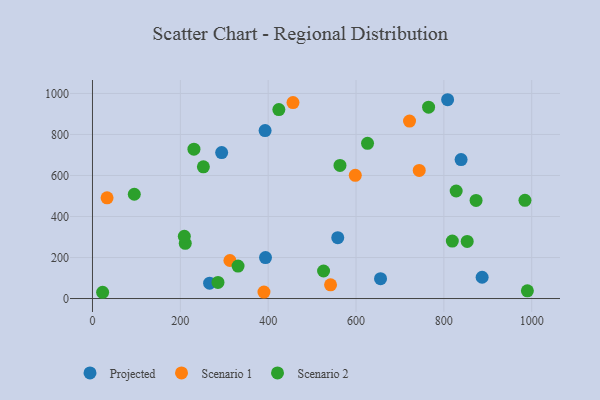
{"axis": {"x": "Experience", "y": "Demand"}, "legend": ["Projected", "Scenario 1", "Scenario 2"], "data": [{"x": "294.1", "y": 711.6, "type": "Projected"}, {"x": "393.9", "y": 199.5, "type": "Projected"}, {"x": "393.0", "y": 819.2, "type": "Projected"}, {"x": "655.8", "y": 97.0, "type": "Projected"}, {"x": "266.7", "y": 74.8, "type": "Projected"}, {"x": "808.5", "y": 969.5, "type": "Projected"}, {"x": "839.2", "y": 677.7, "type": "Projected"}, {"x": "558.4", "y": 296.9, "type": "Projected"}, {"x": "887.1", "y": 103.7, "type": "Projected"}, {"x": "721.8", "y": 865.4, "type": "Scenario 1"}, {"x": "542.0", "y": 66.9, "type": "Scenario 1"}, {"x": "598.3", "y": 601.0, "type": "Scenario 1"}, {"x": "743.9", "y": 624.6, "type": "Scenario 1"}, {"x": "312.9", "y": 185.5, "type": "Scenario 1"}, {"x": "456.5", "y": 955.4, "type": "Scenario 1"}, {"x": "33.2", "y": 491.1, "type": "Scenario 1"}, {"x": "390.4", "y": 31.6, "type": "Scenario 1"}, {"x": "331.4", "y": 158.1, "type": "Scenario 2"}, {"x": "211.2", "y": 269.1, "type": "Scenario 2"}, {"x": "765.2", "y": 933.0, "type": "Scenario 2"}, {"x": "526.1", "y": 134.3, "type": "Scenario 2"}, {"x": "873.3", "y": 478.5, "type": "Scenario 2"}, {"x": "984.6", "y": 479.0, "type": "Scenario 2"}, {"x": "990.1", "y": 37.7, "type": "Scenario 2"}, {"x": "285.7", "y": 78.3, "type": "Scenario 2"}, {"x": "252.5", "y": 642.2, "type": "Scenario 2"}, {"x": "231.0", "y": 728.2, "type": "Scenario 2"}, {"x": "424.3", "y": 921.7, "type": "Scenario 2"}, {"x": "563.5", "y": 649.1, "type": "Scenario 2"}, {"x": "819.2", "y": 280.1, "type": "Scenario 2"}, {"x": "853.1", "y": 278.3, "type": "Scenario 2"}, {"x": "95.2", "y": 508.5, "type": "Scenario 2"}, {"x": "209.1", "y": 303.6, "type": "Scenario 2"}, {"x": "23.1", "y": 30.5, "type": "Scenario 2"}, {"x": "828.0", "y": 524.3, "type": "Scenario 2"}, {"x": "626.2", "y": 757.1, "type": "Scenario 2"}]}